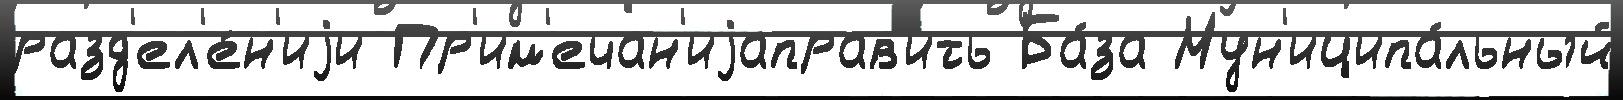
разд'ел'е́н'иjи Пр'им'ечан'иjаправ'ить Ба́за Мун'иципа́льный